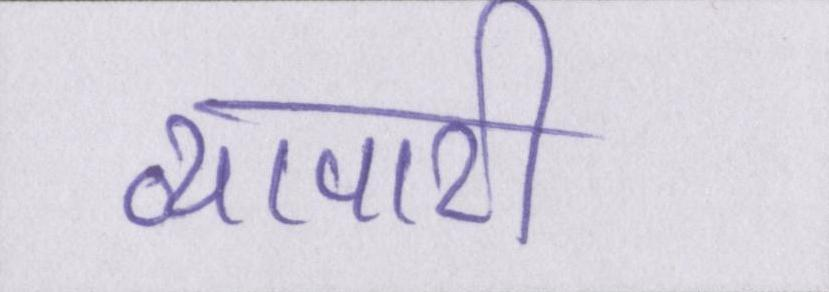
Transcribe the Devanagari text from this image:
व्यापारी